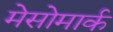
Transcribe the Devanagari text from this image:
मेसोमार्क